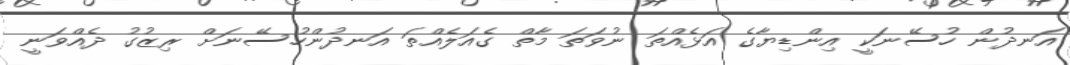
އަނދުން ހުސޭނަކީ އިންޑިޔާގެ އަޅެއްތަ ނުވަތަ މާތް ގެއަލެއްތަ އަނދުންހުސޭނަށް ރިޒުގު ދެއްވަނީ